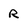
Character: R